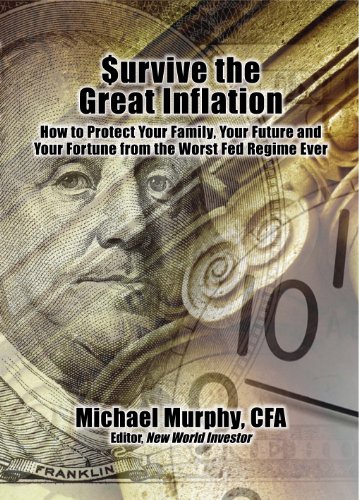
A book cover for Survive the Great Inflation; Michael Murphy; Business & Money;